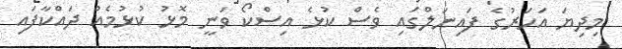
މިދިޔަ އަހަރުގެ ފައިނަލްގައި ވެސް ކުޅެ އިސްކޯ ވަނީ މޮޅު ކުޅުމެއް ދައްކާފައި